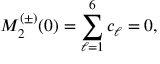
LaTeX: M _ { 2 } ^ { ( \pm ) } ( 0 ) = \sum _ { \ell = 1 } ^ { 6 } c _ { \ell } = 0 ,